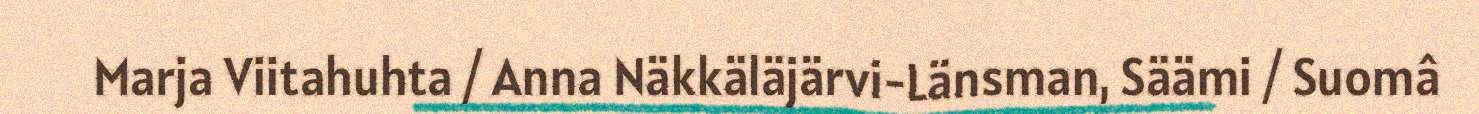
Marja Viitahuhta / Anna Näkkäläjärvi-Länsman, Säämi / Suomâ